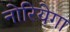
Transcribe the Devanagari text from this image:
नोरियेगा